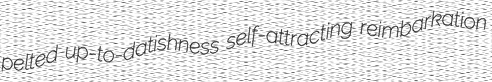
pelted up-to-datishness self-attracting reimbarkation